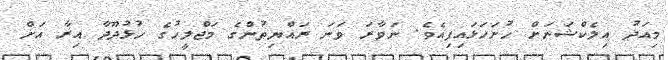
މިއަދު އިލެކްޝަނަށް ހުށަހަޅައިފިއެވެ. ނަވާރަ ވަނަ ރައްޔިތުންގެ މަޖްލީހުގެ ހުޅުދޫދާ އިރާ އަށް